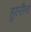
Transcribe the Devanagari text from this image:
हुस्सैन